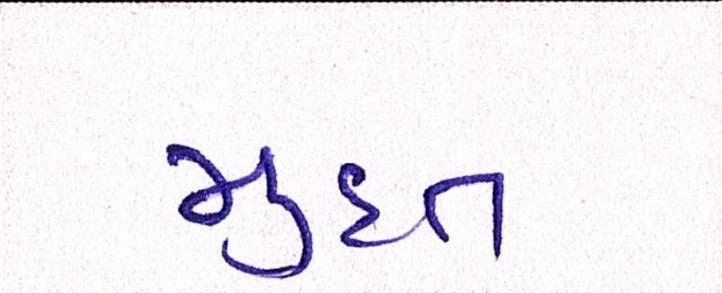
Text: મુદત